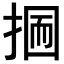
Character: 𢰋